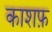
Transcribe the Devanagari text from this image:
काशफ़